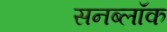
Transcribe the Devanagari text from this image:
सनब्लॉक